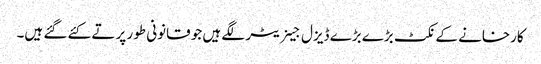
کارخانے کے نکٹ بڑے بڑے ڈیزل جینریٹر لگے ہیں جو قانونی طور پر تے کئے گئے ہیں۔